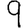
Digit: 9